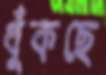
ধুঁকছে